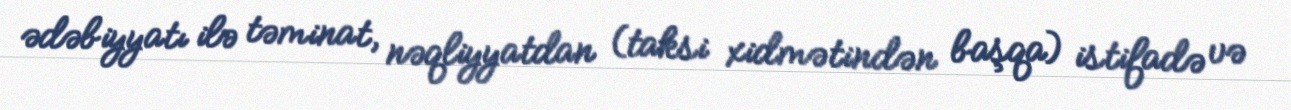
ədəbiyyatı ilə təminat, nəqliyyatdan (taksi xidmətindən başqa) istifadə və